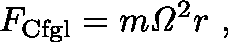
F _ { \mathrm { C f g l } } = m { \mathit { \Omega } } ^ { 2 } r \ ,